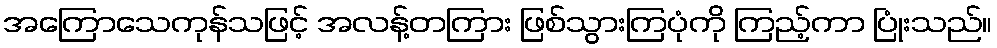
အကြောသေကုန်သဖြင့် အလန့်တကြား ဖြစ်သွားကြပုံကို ကြည့်ကာ ပြုံးသည်။